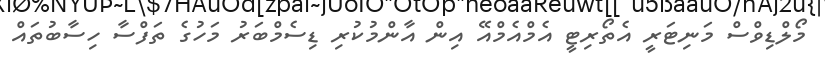
މޯލްޑިވްސް މަނިޓަރީ އެތޯރިޓީ އެމްއެމްއޭ އިން އާންމުކުރި ޑިސެމްބަރު މަހުގެ ތަފްސާ ހިސާބުތައް